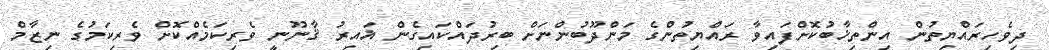
ދިވެހިރައްޔިތުން އިންތިޚާބުކޮށްފައިވާ ރައްޔިތުންގެ މަންދޫބުންނަށް ބިރުދައްކައިގެން ޣައިރު ޤާނޫނީ ވެރިކަމެއްކޮށް ވެރިކަމުގެ ނިޒާމް